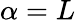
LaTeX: \alpha=L